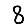
Digit: 8